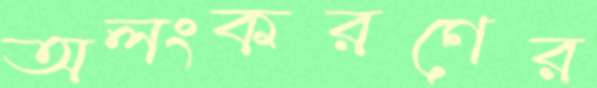
অলংকরণের